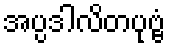
အပ္ပဒါလိတပုဗ္ဗံ